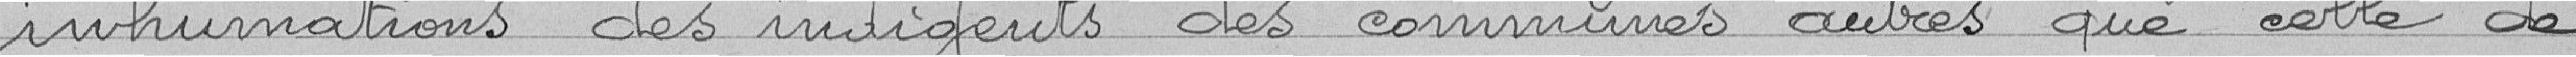
inhumations des indigents des communes autres que celle de